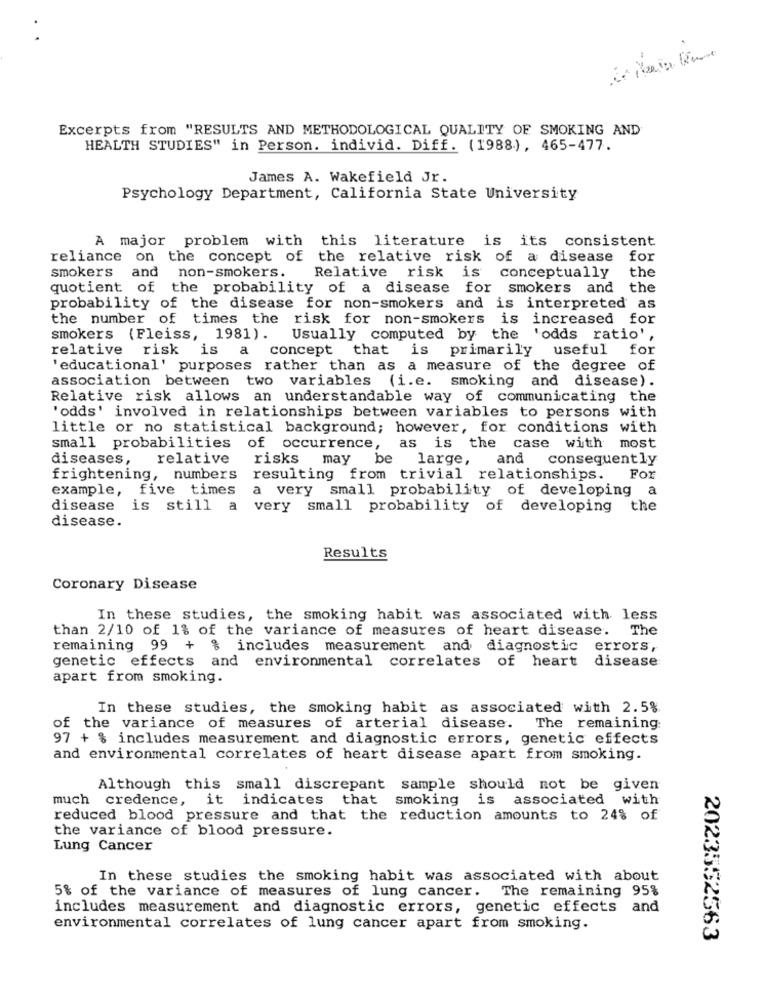
Excerpts from "RESULTS AND METHODOLOGICAL QUALITY OF SMOKING AND
HEALTH STUDIES" in Person. individ. Diff. (1988), 465-477.
James A. Wakefield Jr.
Psychology Department, California State University
A major problem with
this literature is its consistent
reliance on the concept of the relative risk of a disease
for
smokers and non-smokers.
the
Relative risk is conceptually
quotient of the probability of a disease for smokers and the
probability of the disease for non-smokers and is interpreted as
the number of times the risk for non-smokers is increased for
smokers (Fleiss, 1981).
Usually computed by the 'odds ratio',
relative
risk is a concept that is primarily
useful
for
'educational' purposes rather than as a measure of the degree of
association between two variables (i.e. smoking and disease).
Relative risk allows an understandable way of communicating the
'odds' involved in relationships between variables to persons with
little or no statistical background; however, for conditions with
small probabilities
of occurrence, as is the
case with most
diseases,
relative
risks may
be
large,
and consequently
frightening, numbers
resulting from trivial relationships.
For
example,
five times
a very small probability of developing a
disease
is still a very small probability of developing
the
disease.
Results
Coronary Disease
In these studies, the smoking habit was associated with less
than 2/10 of 1% of the variance of measures of heart disease.
The
remaining 99 + % includes measurement and diagnostic
errors,
genetic effects and environmental
correlates of heart disease
apart from smoking.
In these studies, the smoking habit as associated with 2.5%
of the variance of measures of arterial disease.
The remaining
97 + % includes measurement and diagnostic errors, genetic effects
and environmental correlates of heart disease apart from smoking.
Although this small discrepant sample should not be given
much credence, it indicates that smoking is associated with
reduced blood pressure and that the reduction amounts to 24% of
the variance of blood pressure.
Lung Cancer
In these studies the smoking habit was associated with about
5% of the variance of measures of lung cancer. The remaining 95%
includes measurement and diagnostic errors, genetic effects and
environmental correlates of lung cancer apart from smoking.
2023552563